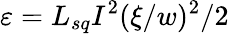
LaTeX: \varepsilon=L_{sq}I^{2}(\xi/w)^{2}/2